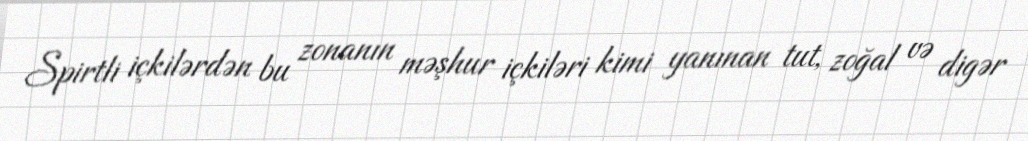
Spirtli içkilərdən bu zonanın məşhur içkiləri kimi yanınan tut, zoğal və digər